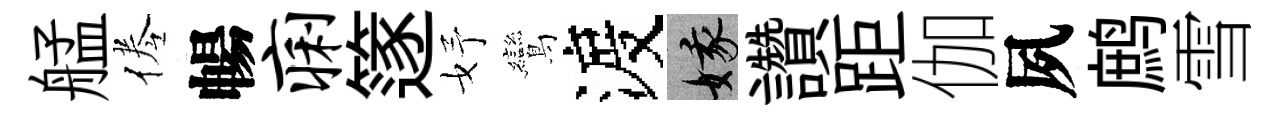
艋倦暢痢篴妤鸞渡娥讚距伽夙鹧雪